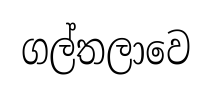
ගල්තලාවෙ